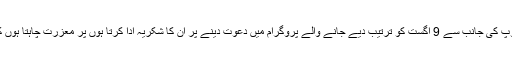
میں کمیونٹی کے ایک گروپ کی جانب سے 9 اگست کو ترتیب دیے جانے والے پروگرام میں دعوت دینے پر ان کا شکریہ ادا کرتا ہوں پر معزرت چاہتا ہوں کہ شرکت نہی کر سکونگا۔